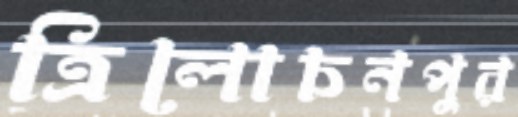
ত্রিলোচনপুর